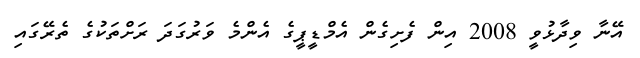
އޭނާ ވިދާޅުވީ 2008 އިން ފެށިގެން އެމްޑީޕީގެ އެންމެ ވަރުގަދަ ރަށްތަކުގެ ތެރޭގައި